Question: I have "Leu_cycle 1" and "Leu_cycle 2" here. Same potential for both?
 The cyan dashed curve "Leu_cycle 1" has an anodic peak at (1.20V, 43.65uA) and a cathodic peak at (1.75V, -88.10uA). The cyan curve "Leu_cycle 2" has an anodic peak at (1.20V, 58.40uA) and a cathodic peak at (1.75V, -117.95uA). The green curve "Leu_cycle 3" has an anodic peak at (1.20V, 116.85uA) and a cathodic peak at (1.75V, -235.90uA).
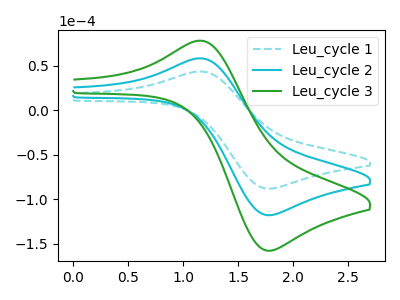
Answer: <think>All the peaks in "Leu_cycle 1" have a peak in "Leu_cycle 2" at the same potential. Every peak in "Leu_cycle 1" is lower than every peak in "Leu_cycle 2".
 </think>
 <answer>"Leu_cycle 1" and "Leu_cycle 2" are similar in shape.</answer>
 <eval>same_shape</eval>